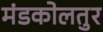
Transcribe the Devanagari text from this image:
मंडकोलतुर